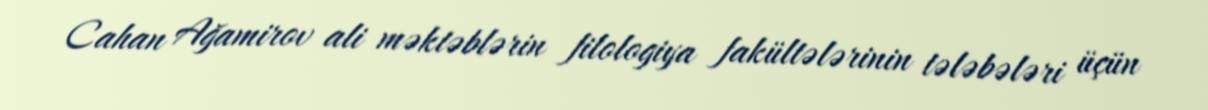
Cahan Ağamirov ali məktəblərin filologiya fakültələrinin tələbələri üçün